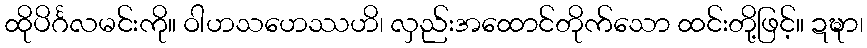
ထိုပိင်္ဂလမင်းကို။ ဝါဟသဟေဿဟိ၊ လှည်းအထောင်တိုက်သော ထင်းတို့ဖြင့်။ ဍဍ္ဎာ၊